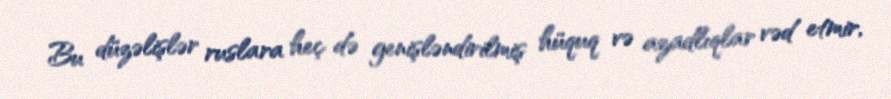
Bu düzəlişlər ruslara heç də genişləndirilmiş hüquq və azadlıqlar vəd etmir,